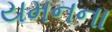
યમનના